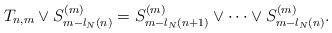
LaTeX: \begin{align*} T_{n,m}\vee S^{(m)}_{m-l_N(n)}=S^{(m)}_{m-l_N(n+1)}\vee\cdots\vee S^{(m)}_{m-l_N(n)}.\end{align*}